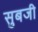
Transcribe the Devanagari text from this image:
सुबजी